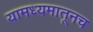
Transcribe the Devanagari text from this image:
यामध्यमातूनच